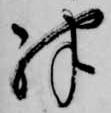
殊